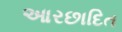
આરછાદિત